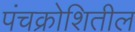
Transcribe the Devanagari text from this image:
पंचक्रोशितील